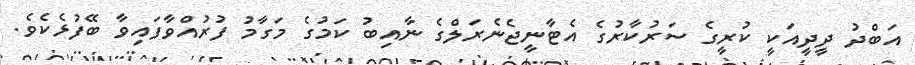
އަބްދު ދީދީއަކީ ކުރީގެ ސަރުކާރުގެ އެޓާނީޖެނެރަލްގެ ނާއިބު ކަމުގެ މަގާމު ފުރުއްވާފައިވާ ބޭފުޅެކެވެ.